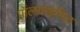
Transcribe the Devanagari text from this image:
पॉलवाइनिल